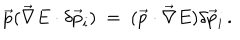
LaTeX: \vec { p } ( \vec { \nabla } E \cdot \delta \vec { p } _ { i } ) \ = \ ( \vec { p } \cdot \vec { \nabla } E ) \delta \vec { p } _ { i } \, .